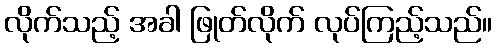
လိုက်သည့် အခါ ဖြုတ်လိုက် လုပ်ကြည့်သည်။